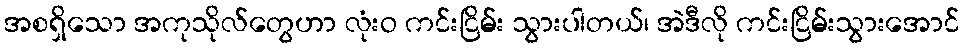
အစရှိသော အကုသိုလ်တွေဟာ လုံးဝ ကင်းငြိမ်း သွားပါတယ်၊ အဲဒီလို ကင်းငြိမ်းသွားအောင်